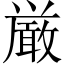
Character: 厳